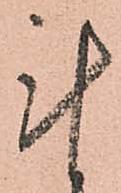
計